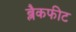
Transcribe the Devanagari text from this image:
ब्लैकफीट